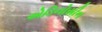
એડિનોસીન